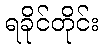
ရခိုင်တိုင်း